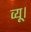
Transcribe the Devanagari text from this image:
व्यू।